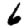
Digit: 6